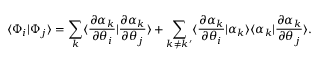
\langle \Phi _ { i } | \Phi _ { j } \rangle = \sum _ { k } \langle \frac { \partial \alpha _ { k } } { \partial \theta _ { i } } | \frac { \partial \alpha _ { k } } { \partial \theta _ { j } } \rangle + \sum _ { k \ne k ^ { \prime } } \langle \frac { \partial \alpha _ { k } } { \partial \theta _ { i } } | \alpha _ { k } \rangle \langle \alpha _ { k } | \frac { \partial \alpha _ { k } } { \partial \theta _ { j } } \rangle .